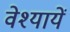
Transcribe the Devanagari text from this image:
वेश्यायें